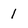
Character: 1